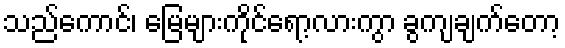
သည်ကောင်၊ မြေများကိုင်ရော့လားကွာ ခွကျချက်တော့